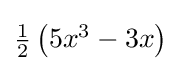
{\textstyle {\tfrac {1}{2}}\left(5x^{3}-3x\right)}